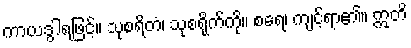
ကာယဒွါရဖြင့်။ သုစရိတံ၊ သုစရိုက်ကို။ စရေ၊ ကျင့်ရာ၏။ ဣတိ